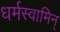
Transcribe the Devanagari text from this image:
धर्मस्वामिन्